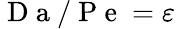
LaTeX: \mathrm{~D~a~}/\mathrm{~P~e~}=\varepsilon